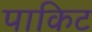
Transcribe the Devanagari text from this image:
पाकिट